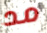
مد